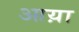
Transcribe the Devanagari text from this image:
आय़ा